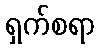
ရှက်စရာ